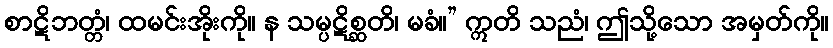
စာဋိဘတ္တံ၊ ထမင်းအိုးကို။ န သမ္ပဋိစ္ဆတိ၊ မခံ။” ဣတိ သညံ၊ ဤသို့သော အမှတ်ကို။